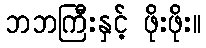
ဘဘကြီးနှင့် ဖိုးဖိုး။